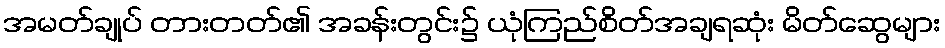
အမတ်ချုပ် တားတတ်၏ အခန်းတွင်း၌ ယုံကြည်စိတ်အချရဆုံး မိတ်ဆွေများ